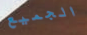
الجميع